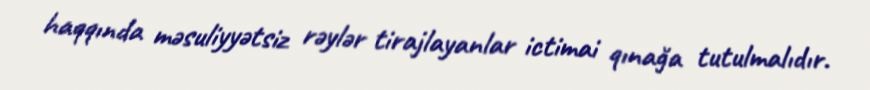
haqqında məsuliyyətsiz rəylər tirajlayanlar ictimai qınağa tutulmalıdır.